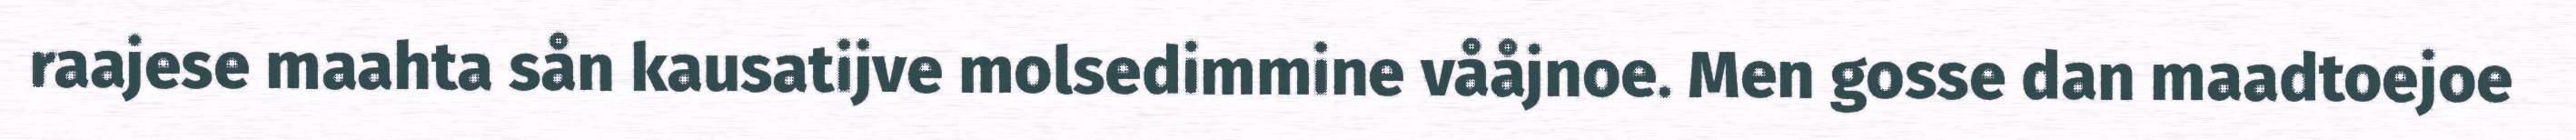
raajese maahta sån kausatijve molsedimmine vååjnoe. Men gosse dan maadtoejoe